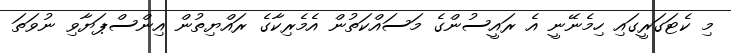
މި ކެޓަގަރީގައި ހިމެނޭނީ އެ ރައީސުންގެ މަސައްކަތުން އެމެރިކާގެ ރައްޔިތުން އިންސްޕަޔާވި ނުވަތަ